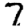
Digit: 7